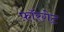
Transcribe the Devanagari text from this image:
फ़ॉरगेट